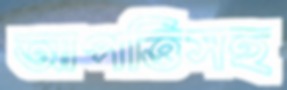
আপত্তিসহ